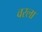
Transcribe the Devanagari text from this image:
वरला